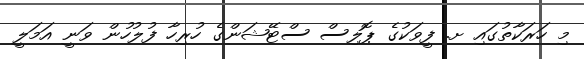
މި ހަރަކާތުގައި ށ. ފީވަކުގެ ޕޮލިސް ސްޓޭޝަންގެ ހުރިހާ ފުލުހުން ވަނީ އަމަލީ